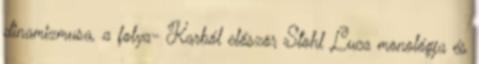
dinamizmusa, a folya- Karból először Stohl Luca monológja és